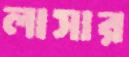
লাসার